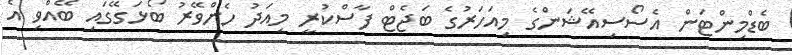
ބެޑްމިންޓަން އެސޯސިއޭޝަންގެ މިއަހަރުގެ ބަޖެޓް ފާސްކުރީ މިއަދު ހެންވޭރު ބޯޅަގޭގައި ބޭއްވި އެ